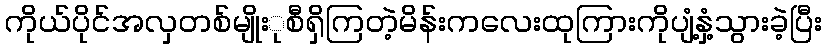
ကိုယ်ပိုင်အလှတစ်မျိုးုစီရှိကြတဲ့မိန်းကလေးထုကြားကိုပျံ့နှံ့သွားခဲ့ပြီး